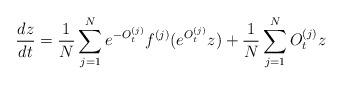
LaTeX: \begin{align*}\frac{dz}{dt}=\frac1N\sum\limits_{j=1}^Ne^{-O_t^{(j)}}f^{(j)}(e^{O_t^{(j)}}z)+\frac1N\sum\limits_{j=1}^NO_t^{(j)}z\end{align*}